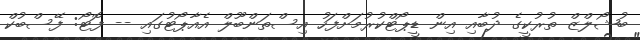
ބުޝޯލްޒް ތުރުކީގެ ދުބާއި އިން ޑީޕޯޓްކުރުމަށްފަހު އިސްތަންބޫލް އެއާޕޯޓުގައި -- ފޮޓޯ: ފޭސްބުކް